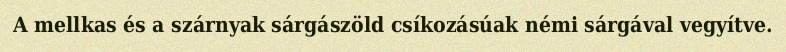
A mellkas és a szárnyak sárgászöld csíkozásúak némi sárgával vegyítve.